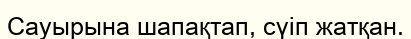
Сауырына шапақтап, сүіп жатқан.